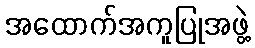
အထောက်အကူပြုအဖွဲ့